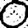
Digit: 0